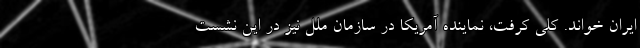
ایران خواند. کلی کرفت، نماینده آمریکا در سازمان ملل نیز در این نشست